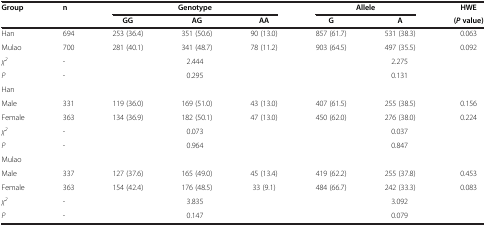
<table><thead><tr><td><b>Group</b></td><td><b>n</b></td><td colspan="3"><b>Genotype</b></td><td colspan="2"><b>Allele</b></td><td><b>HWE</b></td></tr><tr><td><b> </b></td><td><b> </b></td><td><b>GG</b></td><td><b>AG</b></td><td><b>AA</b></td><td><b>G</b></td><td><b>A</b></td><td><b>(<i>P </i>value)</b></td></tr></thead><tbody><tr><td>Han</td><td>694</td><td>253 (36.4)</td><td>351 (50.6)</td><td>90 (13.0)</td><td>857 (61.7)</td><td>531 (38.3)</td><td>0.063</td></tr><tr><td>Mulao</td><td>700</td><td>281 (40.1)</td><td>341 (48.7)</td><td>78 (11.2)</td><td>903 (64.5)</td><td>497 (35.5)</td><td>0.092</td></tr><tr><td><i>χ</i><sup><i>2</i></sup></td><td>-</td><td colspan="3">2.444</td><td colspan="3">2.275</td></tr><tr><td><i>P</i></td><td>-</td><td colspan="3">0.295</td><td colspan="3">0.131</td></tr><tr><td>Han</td><td> </td><td> </td><td> </td><td> </td><td> </td><td> </td><td> </td></tr><tr><td>Male</td><td>331</td><td>119 (36.0)</td><td>169 (51.0)</td><td>43 (13.0)</td><td>407 (61.5)</td><td>255 (38.5)</td><td>0.156</td></tr><tr><td>Female</td><td>363</td><td>134 (36.9)</td><td>182 (50.1)</td><td>47 (13.0)</td><td>450 (62.0)</td><td>276 (38.0)</td><td>0.224</td></tr><tr><td><i>χ</i><sup><i>2</i></sup></td><td>-</td><td colspan="3">0.073</td><td colspan="3">0.037</td></tr><tr><td><i>P</i></td><td>-</td><td colspan="3">0.964</td><td colspan="3">0.847</td></tr><tr><td>Mulao</td><td> </td><td> </td><td> </td><td> </td><td> </td><td> </td><td> </td></tr><tr><td>Male</td><td>337</td><td>127 (37.6)</td><td>165 (49.0)</td><td>45 (13.4)</td><td>419 (62.2)</td><td>255 (37.8)</td><td>0.453</td></tr><tr><td>Female</td><td>363</td><td>154 (42.4)</td><td>176 (48.5)</td><td>33 (9.1)</td><td>484 (66.7)</td><td>242 (33.3)</td><td>0.083</td></tr><tr><td><i>χ</i><sup><i>2</i></sup></td><td>-</td><td colspan="3">3.835</td><td colspan="3">3.092</td></tr><tr><td><i>P</i></td><td>-</td><td colspan="3">0.147</td><td colspan="3">0.079</td></tr></tbody></table>